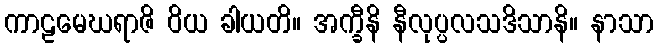
ကာဠမေဃရာဇိ ဝိယ ခါယတိ။ အက္ခီနိ နီလုပ္ပလသဒိသာနိ။ နာသာ